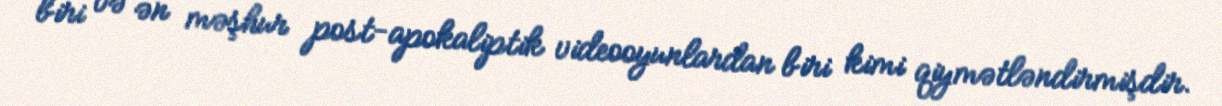
biri və ən məşhur post-apokaliptik videooyunlardan biri kimi qiymətləndirmişdir.